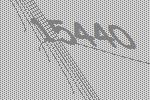
15440